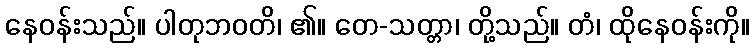
နေဝန်းသည်။ ပါတုဘဝတိ၊ ၏။ တေ-သတ္တာ၊ တို့သည်။ တံ၊ ထိုနေဝန်းကို။